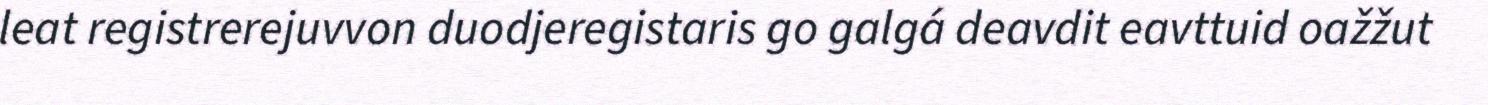
leat registrerejuvvon duodjeregistaris go galgá deavdit eavttuid oažžut